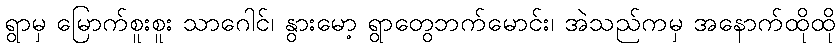
ရွာမှ မြောက်စူးစူး သာဂေါင်၊ နွားမော့ ရွာတွေဘက်မောင်း၊ အဲသည်ကမှ အနောက်ထိုထို